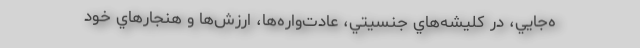
ه‌جايي، در كليشه‌هاي جنسيتي، عادت‌واره‌ها، ارزش‌ها و هنجارهاي خود